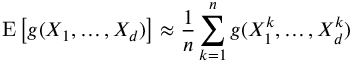
\operatorname { E } \left[ g ( X _ { 1 } , \dots , X _ { d } ) \right] \approx { \frac { 1 } { n } } \sum _ { k = 1 } ^ { n } g ( X _ { 1 } ^ { k } , \dots , X _ { d } ^ { k } )